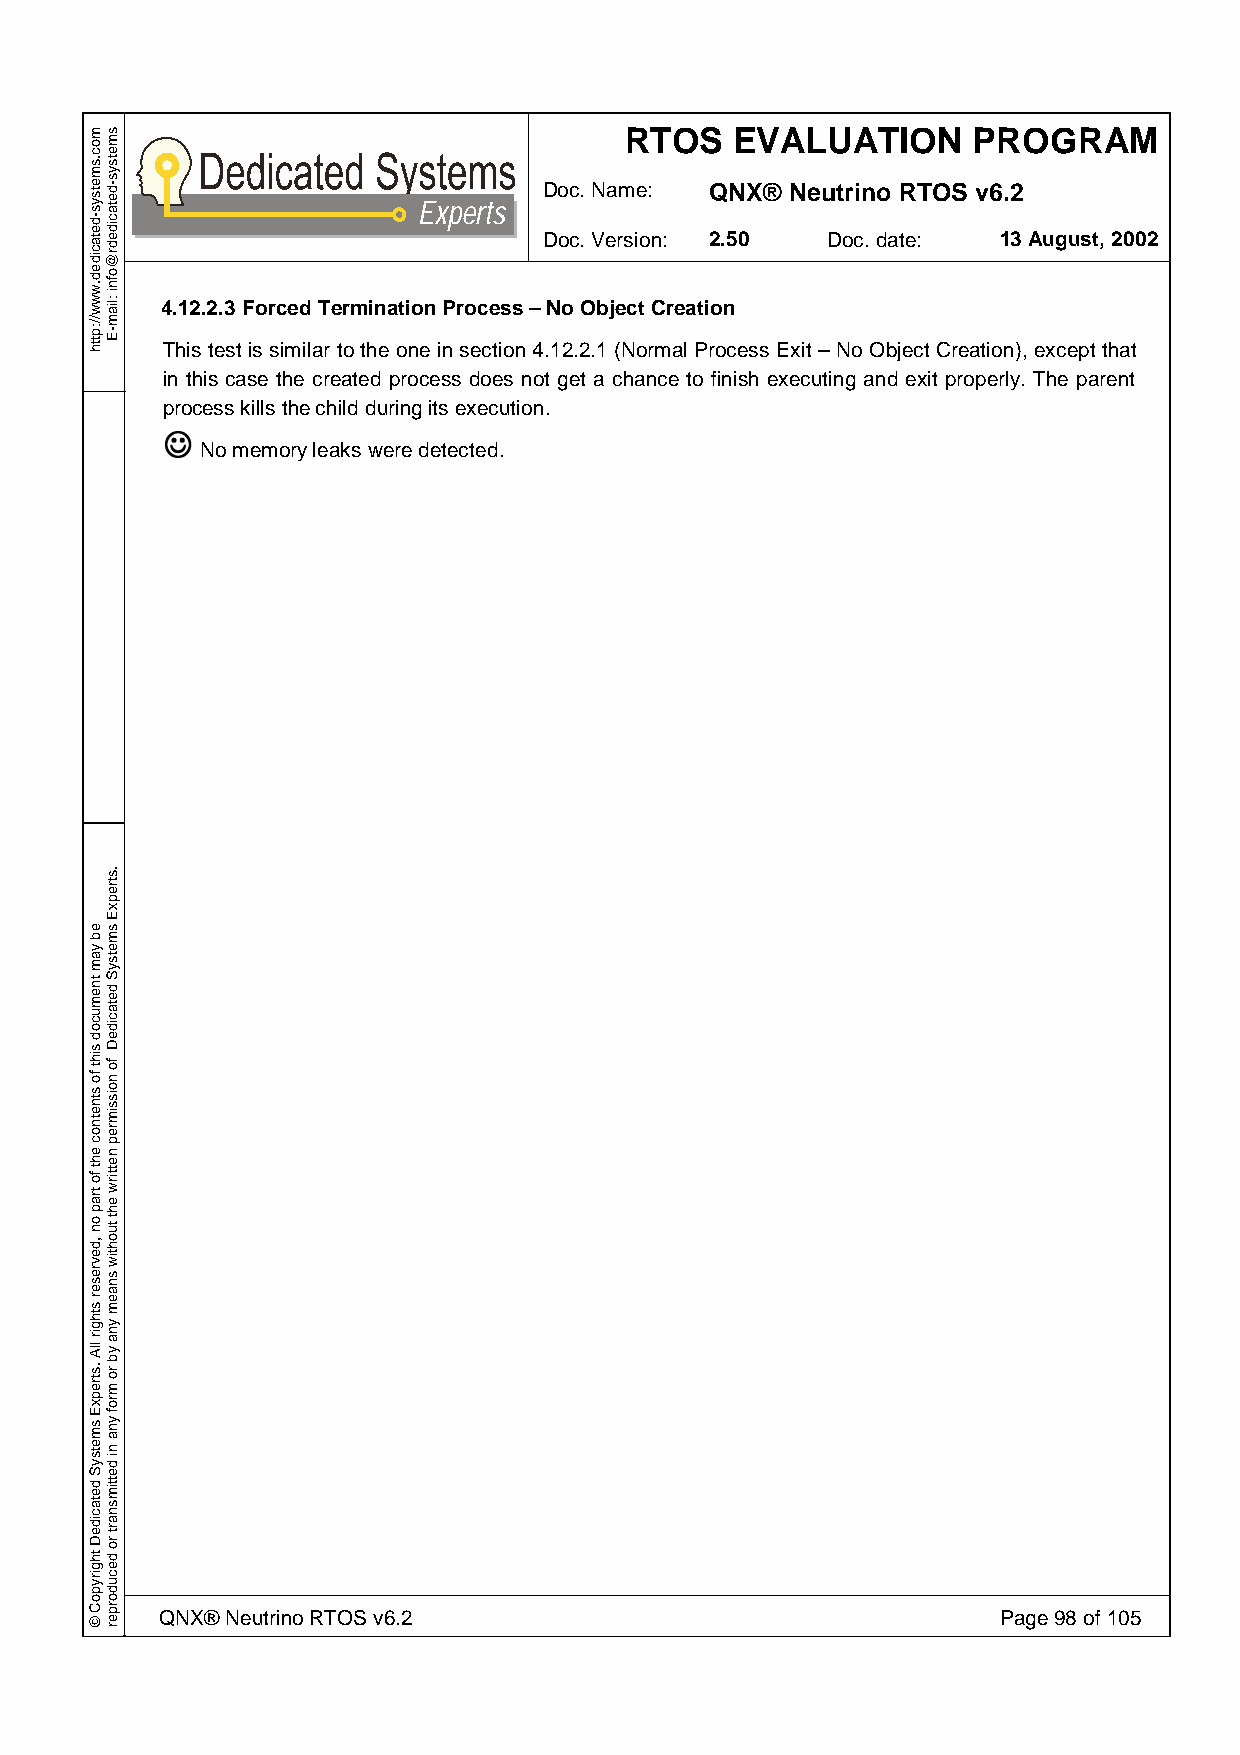
RTOS    EVALUATION     PROGRAM
 Doc. Name: QNX® Neutrino RTOS v6.2
 Experts
 Doc. Version: 2.50 Doc. date: 13 August, 2002
 4.12.2.3 Forced Termination Process – No Object Creation
 This test is similar to the one in section 4.12.2.1 (Normal Process Exit – No Object Creation), except that
 in this case the created process does not get a chance to finish executing and exit properly. The parent
 pJrocess kills the child during its execution.
 No memory leaks were detected.
 QNX® Neutrino RTOS v6.2                                Page 98 of 105
 moc.smetsys-detacided.www//:ptth
 eb
 yam
 tnemucod
 siht
 fo
 stnetnoc
 eht
 fo
 trap
 on
 ,devreser
 sthgir
 llA
 .strepxE
 smetsyS
 detacideD
 thgirypoC
 ©
 smetsys-detacidedr@ofni
 :liam-E
 .strepxE
 smetsyS
 detacideD
 fo
 noissimrep
 nettirw
 eht
 tuohtiw
 snaem
 yna
 yb
 ro
 mrof
 yna
 ni
 dettimsnart
 ro
 decudorper